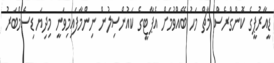
ޑީއާރުޕީގެ ކޮންގްރެސް މާޗް މަހު ބޭއްވުމަށް އެޕާޓީގެ ކައުންސިލުން ނިންމާފައިމިވަނީ މިދިޔަ ޑިސެމްބަރު